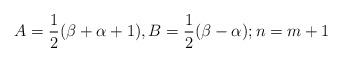
LaTeX: \begin{align*}A=\frac{1}{2}(\beta+\alpha+1), B=\frac{1}{2}(\beta-\alpha); n=m+1\end{align*}